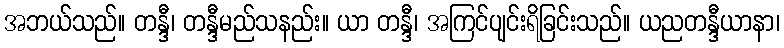
အဘယ်သည်။ တန္ဒီ၊ တန္ဒီမည်သနည်း။ ယာ တန္ဒီ၊ အကြင်ပျင်းရိခြင်းသည်။ ယညတန္ဒီယာနာ၊